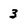
Character: 3